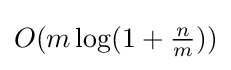
O(m\log(1+{\tfrac {n}{m}}))